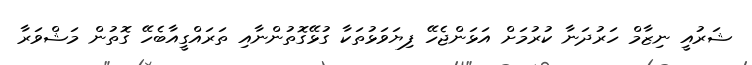
ޝަރުއީ ނިޒާމް ހަރުދަނާ ކުރުމަށް އަޅަންޖެހޭ ފިޔަވަޅުތަކާ ގުޅޭގޮތުންނާއި ތަރައްގީއާބެހޭ ގޮތުން މަޝްވަރާ